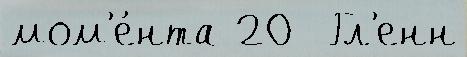
мом'е́нта 20  Гл'енн